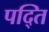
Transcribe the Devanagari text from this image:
पद्ति